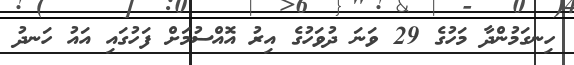
ހިނގަމުންދާ މަހުގެ 29 ވަނަ ދުވަހުގެ އިރު އޮއްސުމަށް ފަހުގައި އައު ހަނދު